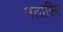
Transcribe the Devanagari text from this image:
नतास्मि